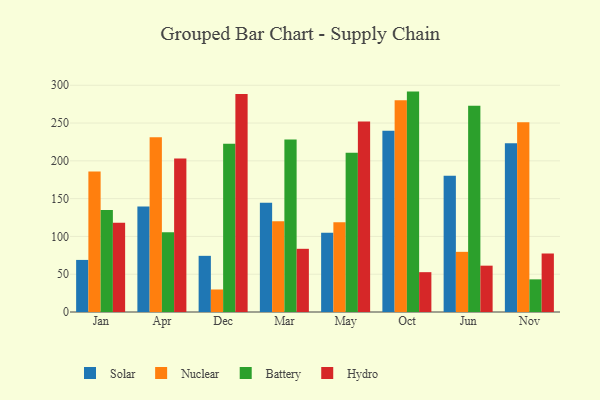
{"axis": {"x": "Month", "y": "Inventory Turnover"}, "legend": ["Battery", "Hydro", "Nuclear", "Solar"], "data": [{"x": "Jan", "y": 68.9, "type": "Solar"}, {"x": "Jan", "y": 186.0, "type": "Nuclear"}, {"x": "Jan", "y": 134.8, "type": "Battery"}, {"x": "Jan", "y": 118.0, "type": "Hydro"}, {"x": "Apr", "y": 139.5, "type": "Solar"}, {"x": "Apr", "y": 231.1, "type": "Nuclear"}, {"x": "Apr", "y": 105.5, "type": "Battery"}, {"x": "Apr", "y": 203.0, "type": "Hydro"}, {"x": "Dec", "y": 74.3, "type": "Solar"}, {"x": "Dec", "y": 29.8, "type": "Nuclear"}, {"x": "Dec", "y": 222.5, "type": "Battery"}, {"x": "Dec", "y": 288.3, "type": "Hydro"}, {"x": "Mar", "y": 144.7, "type": "Solar"}, {"x": "Mar", "y": 120.0, "type": "Nuclear"}, {"x": "Mar", "y": 228.1, "type": "Battery"}, {"x": "Mar", "y": 83.6, "type": "Hydro"}, {"x": "May", "y": 104.7, "type": "Solar"}, {"x": "May", "y": 118.8, "type": "Nuclear"}, {"x": "May", "y": 210.7, "type": "Battery"}, {"x": "May", "y": 252.1, "type": "Hydro"}, {"x": "Oct", "y": 239.9, "type": "Solar"}, {"x": "Oct", "y": 280.0, "type": "Nuclear"}, {"x": "Oct", "y": 291.6, "type": "Battery"}, {"x": "Oct", "y": 52.7, "type": "Hydro"}, {"x": "Jun", "y": 180.2, "type": "Solar"}, {"x": "Jun", "y": 79.6, "type": "Nuclear"}, {"x": "Jun", "y": 272.8, "type": "Battery"}, {"x": "Jun", "y": 61.3, "type": "Hydro"}, {"x": "Nov", "y": 223.3, "type": "Solar"}, {"x": "Nov", "y": 251.1, "type": "Nuclear"}, {"x": "Nov", "y": 43.2, "type": "Battery"}, {"x": "Nov", "y": 77.4, "type": "Hydro"}]}